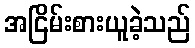
အငြိမ်းစားယူခဲ့သည်